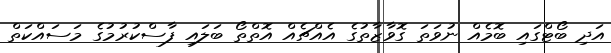
އަދި ބޯޓްގައި ބޮމެއް ނުވަތަ ގޮވާޒާތުގެ އެއްޗެއް އޮތްތޯ ބަލައި ފާސްކުރުމުގެ މަސައްކަތް